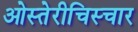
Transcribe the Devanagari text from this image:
ओस्तेरीचिस्चार